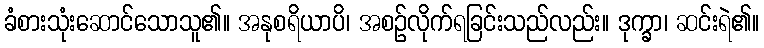
ခံစားသုံးဆောင်သောသူ၏။ အနုစရိယာပိ၊ အစဉ်လိုက်ရခြင်းသည်လည်း။ ဒုက္ခာ၊ ဆင်းရဲ၏။